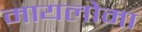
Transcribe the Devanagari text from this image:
मायलोमा